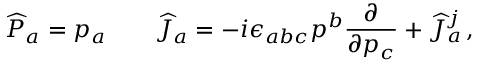
{ \widehat { \cal P } } { } _ { a } = p _ { a } \qquad { \widehat { \cal J } } { } _ { a } = - i \epsilon _ { a b c } p ^ { b } \frac { \partial } { \partial p _ { c } } + { \widehat J } { } _ { a } ^ { j } \, ,